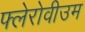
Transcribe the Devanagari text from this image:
फ्लेरोवीउम